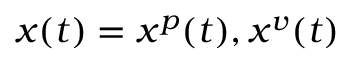
x ( t ) = x ^ { p } ( t ) , x ^ { v } ( t )